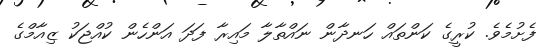
ފެށުމެވެ. ކުރީގެ ކަންތައް ހަނދާން ނައްތާލާ މައިރާ ފަދަ އަންހެން ކުއްޖަކު ޒިއާމްގެ